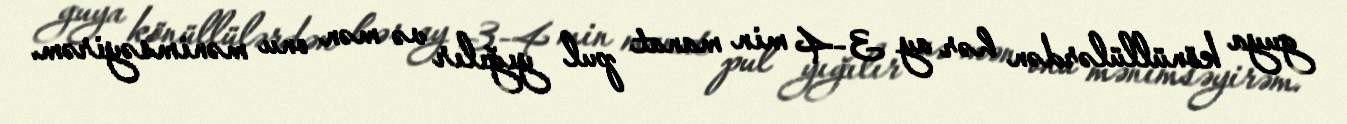
guya könüllülərdən hər ay 3-4 min manat pul yığılır və mən onu mənimsəyirəm.